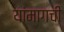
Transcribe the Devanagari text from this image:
यांमागची